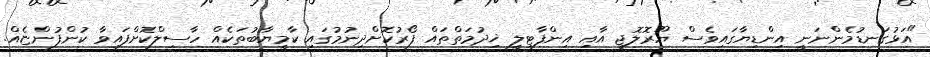
"އަޅުގަނޑުމެންނަނީ އިންޑިޔާގައިވެސް ޔޫރޮލޮޖީ އާއި އިންފާޓިލީ ޚިދުމަތްތައް ފޯރުކޮށްދިނުމުގައި ކާމީޔާބުތަކެއް ހާސިލްކޮށްފައިވާ ކުންފުންޏެއް.